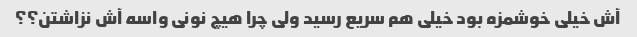
آش خیلی خوشمزه بود خیلی هم سریع رسید ولی چرا هیچ نونی واسه آش نزاشتن؟؟